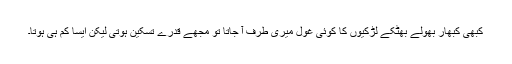
کبھی کبھار بھولے بھٹکے لڑکیوں کا کوئی غول میری طرف آ جاتا تو مجھے قدرے تسکین ہوتی لیکن ایسا کم ہی ہوتا۔